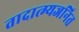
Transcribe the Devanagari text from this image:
तादात्म्यजनित